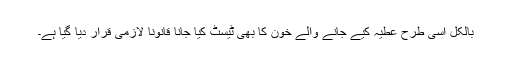
بالکل اسی طرح عطیہ کیے جانے والے خون کا بھی ٹیسٹ کیا جانا قانوناً لازمی قرار دیا گیا ہے۔